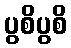
ပွစိပွစိ